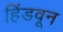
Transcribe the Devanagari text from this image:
हिंडवून